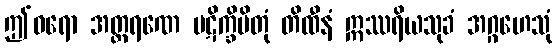
ဤဝရော အတ္ထရဏေ ပဋိက္ခိပိတုံ တိထီနံ ဣဿရိယသုခံ အဂ္ဂဟေသုံ